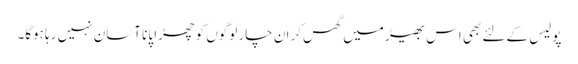
پولیس کے لئے بھی اس بھیڑ میں گھس‌کر ان چار لوگوں کو چھڑا پانا آسان نہیں رہا ہوگا۔